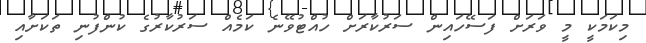
މިކަމަކީ މީ ވަރަށް ފަސޭހައިން ސަރުކާރަށް ހުއްޓުވޭނެ ކަމެއް ސަރުކާރުގެ ކުންފުނި ތަކަށާއި